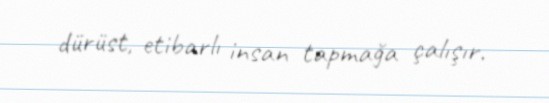
dürüst, etibarlı insan tapmağa çalışır.